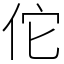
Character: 佗